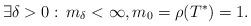
LaTeX: \begin{align*}\exists \delta>0: \, m_\delta<\infty, m_0=\rho(T^*)=1.\end{align*}